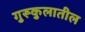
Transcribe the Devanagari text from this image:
गुरूकुलातील